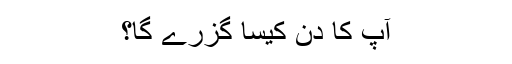
آپ کا دن کیسا گزرے گا؟